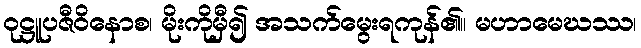
ဝုဋ္ဌူပဇီဝိနောစ၊ မိုးကိုမှီ၍ အသက်မွေးရကုန်၏။ မဟာမေဃဿ၊